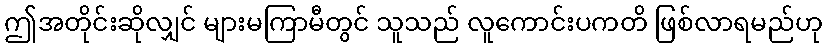
ဤအတိုင်းဆိုလျှင် များမကြာမီတွင် သူသည် လူကောင်းပကတိ ဖြစ်လာရမည်ဟု